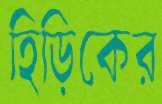
হিড়িকের